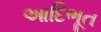
આદિભૂત